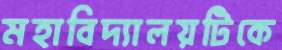
মহাবিদ্যালয়টিকে